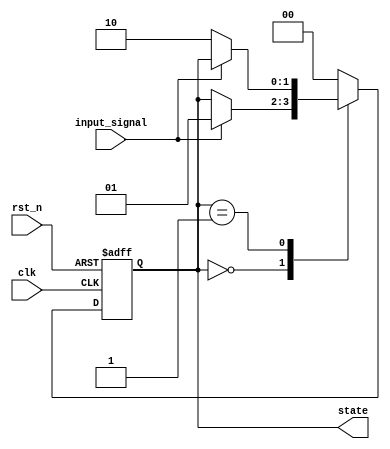
module fsm_example (
    input wire clk,        // Clock input
    input wire rst_n,      // Active-low reset
    input wire input_signal, // Input signal for state transition
    output reg [1:0] state // 2-bit state output
);

    // State encoding
    localparam STATE_0 = 2'b00;
    localparam STATE_1 = 2'b01;
    localparam STATE_2 = 2'b10;

    // Initial state
    initial begin
        state = STATE_0;
    end

    // FSM process
    always @(posedge clk or negedge rst_n) begin
        if (!rst_n) begin
            // Reset state to STATE_0
            state <= STATE_0;
        end else begin
            // State transition logic
            case (state)
                STATE_0: begin
                    if (input_signal) begin
                        state <= STATE_1; // Transition to STATE_1
                    end
                end
                STATE_1: begin
                    if (!input_signal) begin
                        state <= STATE_2; // Transition to STATE_2
                    end
                end
                STATE_2: begin
                    state <= STATE_0; // Transition back to STATE_0
                end
                default: state <= STATE_0; // Default case
            endcase
        end
    end

endmodule